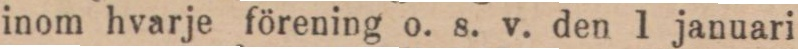
inom hvarje förening o. s. v. den 1 januari